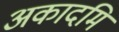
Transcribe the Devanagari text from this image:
अकादमि